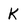
Character: K